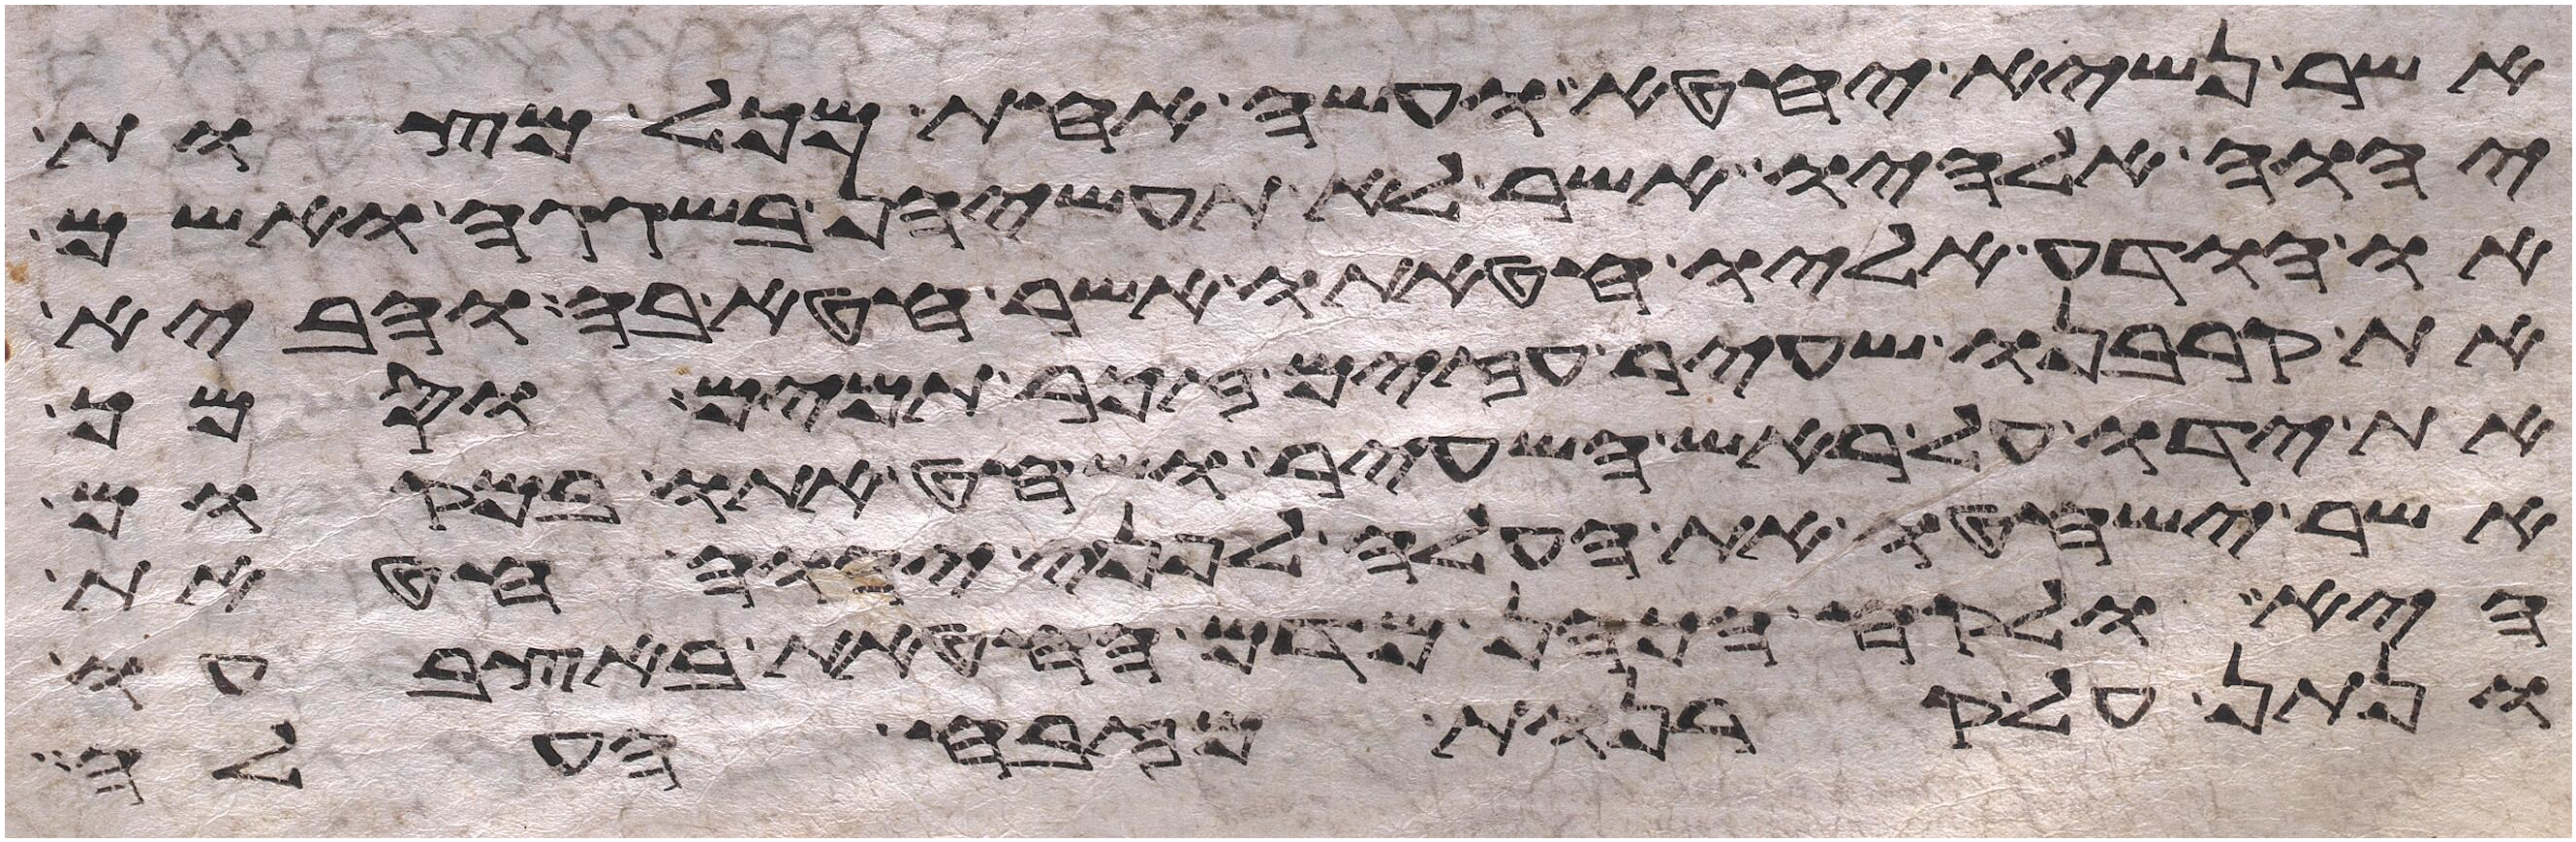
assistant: אשר נשיא יחטא ועשה אחת מכל מצות
יהוה אלהיו אשר לא תעשיהן בשגגה ואשם
או הודע אליו חטאתו אשר חטא בה והביא
את קרבנו שעיר עזים זכר תמים וסמך
את ידו על ראש השעיר ושחט אתו במקום
אשר ישחטו את העלה לפני יהוה חטאת
היא ולקח הכהן מדם החטאת באצבעו
ונתן על קרנות מזבח העלה